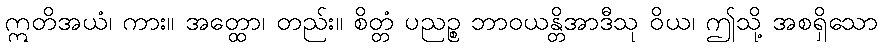
ဣတိအယံ၊ ကား။ အတ္ထော၊ တည်း။ စိတ္တံ ပညဉ္စ ဘာဝယန္တိအာဒီသု ဝိယ၊ ဤသို့ အစရှိသော